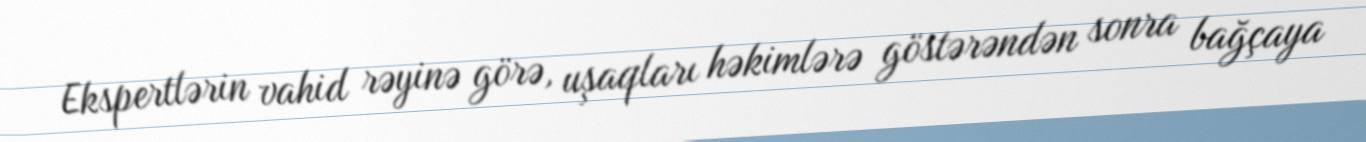
Ekspertlərin vahid rəyinə görə, uşaqları həkimlərə göstərəndən sonra bağçaya